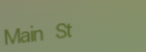
Main St